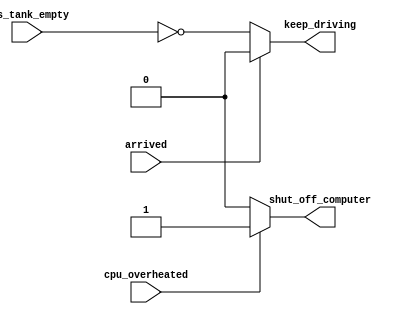
//verilog
//Verilog's answer is: Keep the outputs unchanged. 
//
module top_module(
    input cpu_overheated,
    output reg shut_off_computer,
    input arrived,
    input gas_tank_empty,
    output reg keep_driving
);

    always @(*) 
    begin
        if (cpu_overheated)
            shut_off_computer = 1;
        else
            shut_off_computer = 0;
    end

    always @(*) 
    begin
        if (~arrived)
            keep_driving = ~gas_tank_empty;
        else
            keep_driving = 0;
    end



endmodule